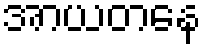
အာယတနေ